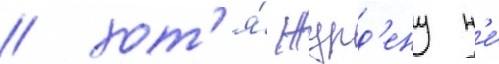
/ хот'я́ журд'ену н'е́